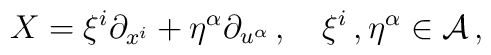
X=\xi^{i}\partial_{x^i} + \eta^{\alpha} \partial_{u^{\alpha}}\,, \quad \xi^{i}\,, \eta^{\alpha} \in \cal{A}\,,